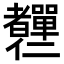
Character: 𦓍